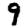
Digit: 9